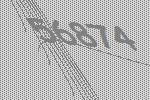
56874